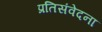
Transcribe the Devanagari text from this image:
प्रतिसंवेदना